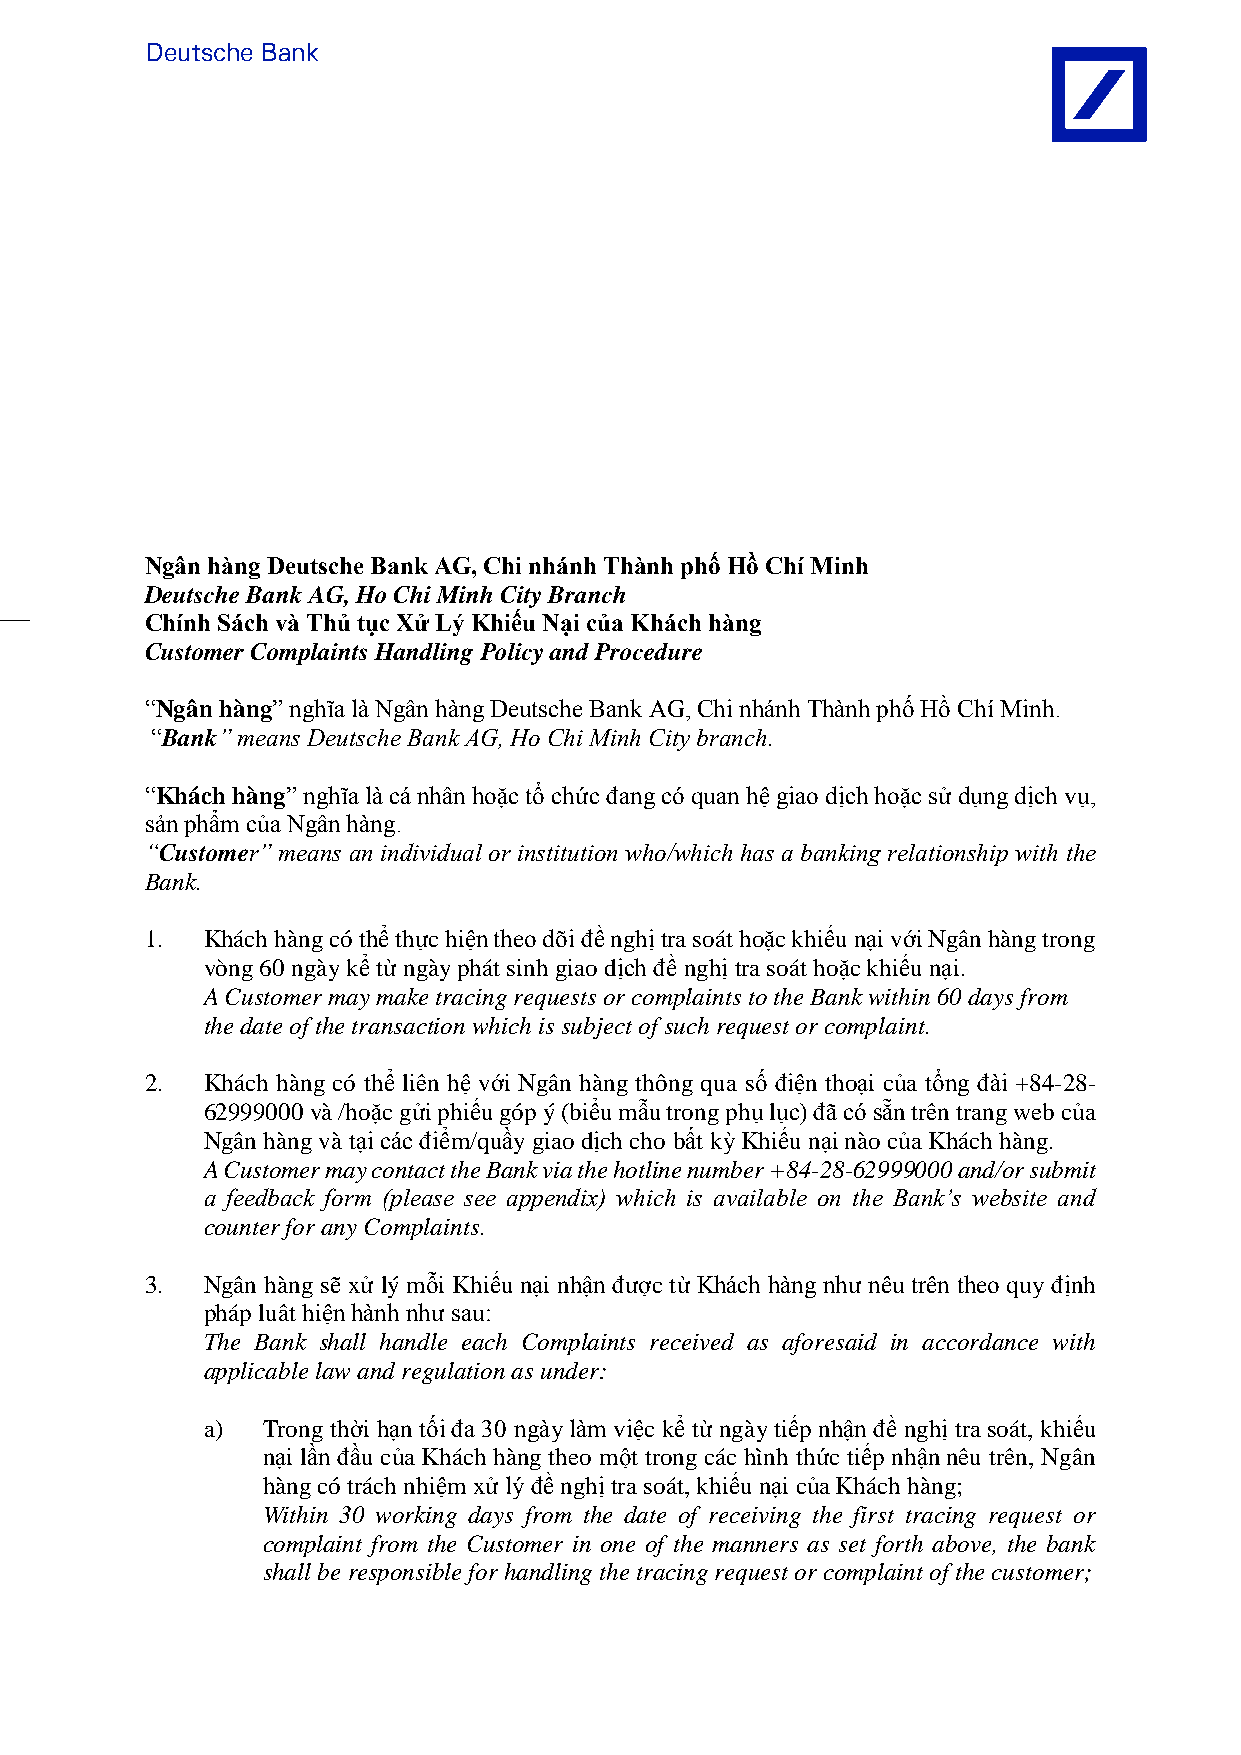
Deutsche Bank
 Ngân hàng Deutsche Bank AG, Chi nhánh Thành phố Hồ Chí Minh
 Deutsche Bank AG, Ho Chi Minh City Branch
 Chính Sách và Thủ tục Xử Lý Khiếu Nại của Khách hàng
 Customer Complaints Handling Policy and Procedure
 “Ngân hàng” nghĩa là Ngân hàng Deutsche Bank AG, Chi nhánh Thành phố Hồ Chí Minh.
 “Bank” means Deutsche Bank AG, Ho Chi Minh City branch.
 “Khách hàng” nghĩa là cá nhân hoặc tổ chức đang có quan hệ giao dịch hoặc sử dụng dịch vụ,
 sản phẩm của Ngân hàng.
 “Customer” means an individual or institution who/which has a banking relationship with the
 Bank.
 1. Khách hàng có thể thực hiện theo dõi đề nghị tra soát hoặc khiếu nại với Ngân hàng trong
 vòng 60 ngày kể từ ngày phát sinh giao dịch đề nghị tra soát hoặc khiếu nại.
 A Customer may make tracing requests or complaints to the Bank within 60 days from
 the date of the transaction which is subject of such request or complaint.
 2. Khách hàng có thể liên hệ với Ngân hàng thông qua số điện thoại của tổng đài +84-28-
 62999000 và /hoặc gửi phiếu góp ý (biểu mẫu trong phụ lục) đã có sẵn trên trang web của
 Ngân hàng và tại các điểm/quầy giao dịch cho bất kỳ Khiếu nại nào của Khách hàng.
 A Customer may contact the Bank via the hotline number +84-28-62999000 and/or submit
 a feedback form (please see appendix) which is available on the Bank’s website and
 counter for any Complaints.
 3. Ngân hàng sẽ xử lý mỗi Khiếu nại nhận được từ Khách hàng như nêu trên theo quy định
 pháp luât hiện hành như sau:
 The Bank shall handle each Complaints received as aforesaid in accordance with
 applicable law and regulation as under:
 a)  Trong thời hạn tối đa 30 ngày làm việc kể từ ngày tiếp nhận đề nghị tra soát, khiếu
 nại lần đầu của Khách hàng theo một trong các hình thức tiếp nhận nêu trên, Ngân
 hàng có trách nhiệm xử lý đề nghị tra soát, khiếu nại của Khách hàng;
 Within 30 working days from the date of receiving the first tracing request or
 complaint from the Customer in one of the manners as set forth above, the bank
 shall be responsible for handling the tracing request or complaint of the customer;